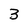
Character: 3